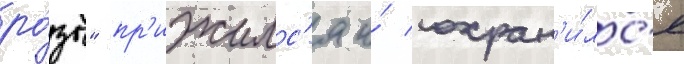
ро́зы" пр'ижилс'я и́ сохран'и́лс'я